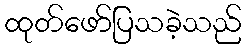
ထုတ်ဖော်ပြသခဲ့သည်